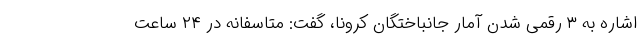
اشاره به ۳ رقمی شدن آمار جانباختگان کرونا، گفت: متاسفانه در ۲۴ ساعت